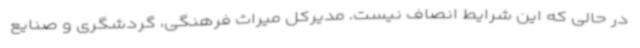
در حالی که این شرایط انصاف نیست. مدیرکل میراث فرهنگی، گردشگری و صنایع